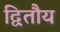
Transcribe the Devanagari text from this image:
द्वितौय